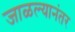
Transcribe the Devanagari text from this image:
जाळल्यानंतर